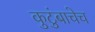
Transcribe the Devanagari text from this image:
कुटुंबाचेच